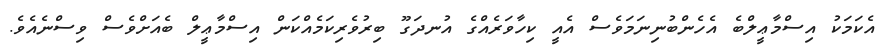
އެކަމަކު އިސްމާޢީލްބެ އެހެންބުނިނަމަވެސް އެއީ ކިހާވަރެއްގެ އުނދަގޫ ބިރުވެރިކަމެއްކަން އިސްމާޢީލް ބެއަށްވެސް ވިސްނެއެވެ.